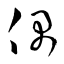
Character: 偶